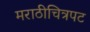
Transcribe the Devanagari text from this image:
मराठीचित्रपट